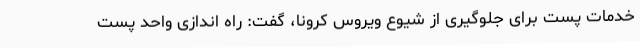
خدمات پست برای جلوگیری از شیوع ویروس کرونا، گفت: راه اندازی واحد پست